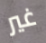
غير